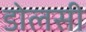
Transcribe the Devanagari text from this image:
डोलसी